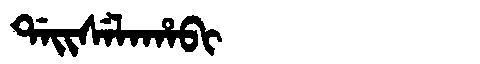
Manchu: ᡩᠠᡳᠰᡝᠯᠠᡥᠠᠪᡳ
Romanization: DAISELAHABI